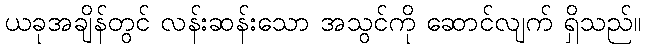
ယခုအချိန်တွင် လန်းဆန်းသော အသွင်ကို ဆောင်လျက် ရှိသည်။